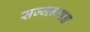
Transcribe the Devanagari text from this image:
सज्जनगङ